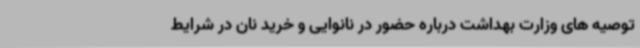
توصیه های وزارت بهداشت درباره حضور در نانوایی و خرید نان در شرایط